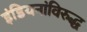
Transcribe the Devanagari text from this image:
इंडियनांविरुद्ध